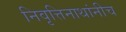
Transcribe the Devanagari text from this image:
निवृत्तिनाथांनीच